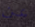
عن